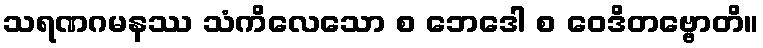
သရဏဂမနဿ သံကိလေသော စ ဘေဒေါ စ ဝေဒိတဗ္ဗောတိ။